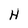
Character: H